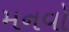
મનવો